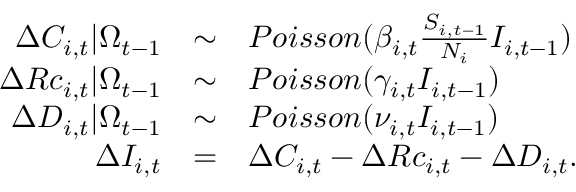
\begin{array} { r c l } { \Delta C _ { i , t } | \Omega _ { t - 1 } } & { \sim } & { P o i s s o n ( \beta _ { i , t } \frac { S _ { i , t - 1 } } { N _ { i } } I _ { i , t - 1 } ) } \\ { \Delta R c _ { i , t } | \Omega _ { t - 1 } } & { \sim } & { P o i s s o n ( \gamma _ { i , t } I _ { i , t - 1 } ) } \\ { \Delta D _ { i , t } | \Omega _ { t - 1 } } & { \sim } & { P o i s s o n ( \nu _ { i , t } I _ { i , t - 1 } ) } \\ { \Delta I _ { i , t } } & { = } & { \Delta C _ { i , t } - \Delta R c _ { i , t } - \Delta D _ { i , t } . } \end{array}